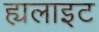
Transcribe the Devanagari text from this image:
ह्यलाइट